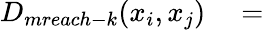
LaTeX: \begin{array}{rl}{D_{mreach-k}(x_{i},x_{j})}&{{}=}\end{array}